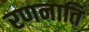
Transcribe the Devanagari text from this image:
रणनाति